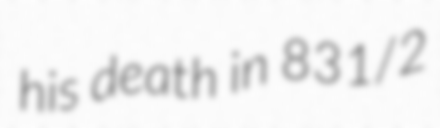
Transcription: his death in 831/2